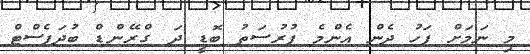
މި ނަމަށް ފަހު ދެން އެންމެ ފުރުސަތު ބޮޑީ ދަ ގްރޭންޑް ބުދަޕެސްޓް